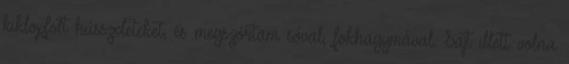
kiklopfolt hússzeleteket, és megszórtam sóval, fokhagymával. Sajt illett volna